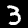
Label: 3